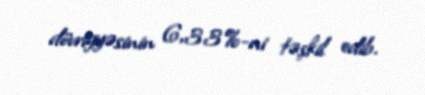
dövriyyəsinin 6,33%-ni təşkil edib.